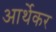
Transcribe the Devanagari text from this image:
आर्थेकर